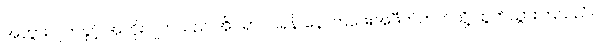
အဘွားဂျုတ်နှင့် အဘိုးဂျုတ်သည် အိပ်ရာဝင်ရန် နောက်ဖေးအဖီတဲဘက်သို့ ထွက်သွားကြသည်။